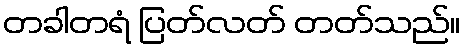
တခါတရံ ပြတ်လတ် တတ်သည်။